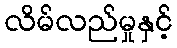
လိမ်လည်မှုနှင့်